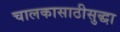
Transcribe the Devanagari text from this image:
चालकासाठीसुद्धा